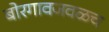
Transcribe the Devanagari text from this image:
बोरगावजवळच